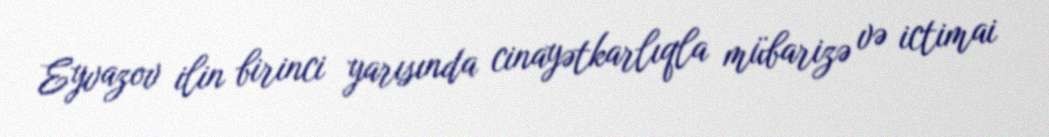
Eyvazov ilin birinci yarısında cinayətkarlıqla mübarizə və ictimai